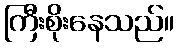
ကြီးစိုးနေသည်။